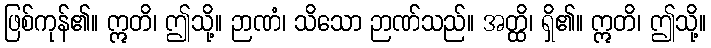
ဖြစ်ကုန်၏။ ဣတိ၊ ဤသို့။ ဉာဏံ၊ သိသော ဉာဏ်သည်။ အတ္ထိ၊ ရှိ၏။ ဣတိ၊ ဤသို့။